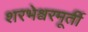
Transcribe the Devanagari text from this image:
शरभेश्वरमूर्ती